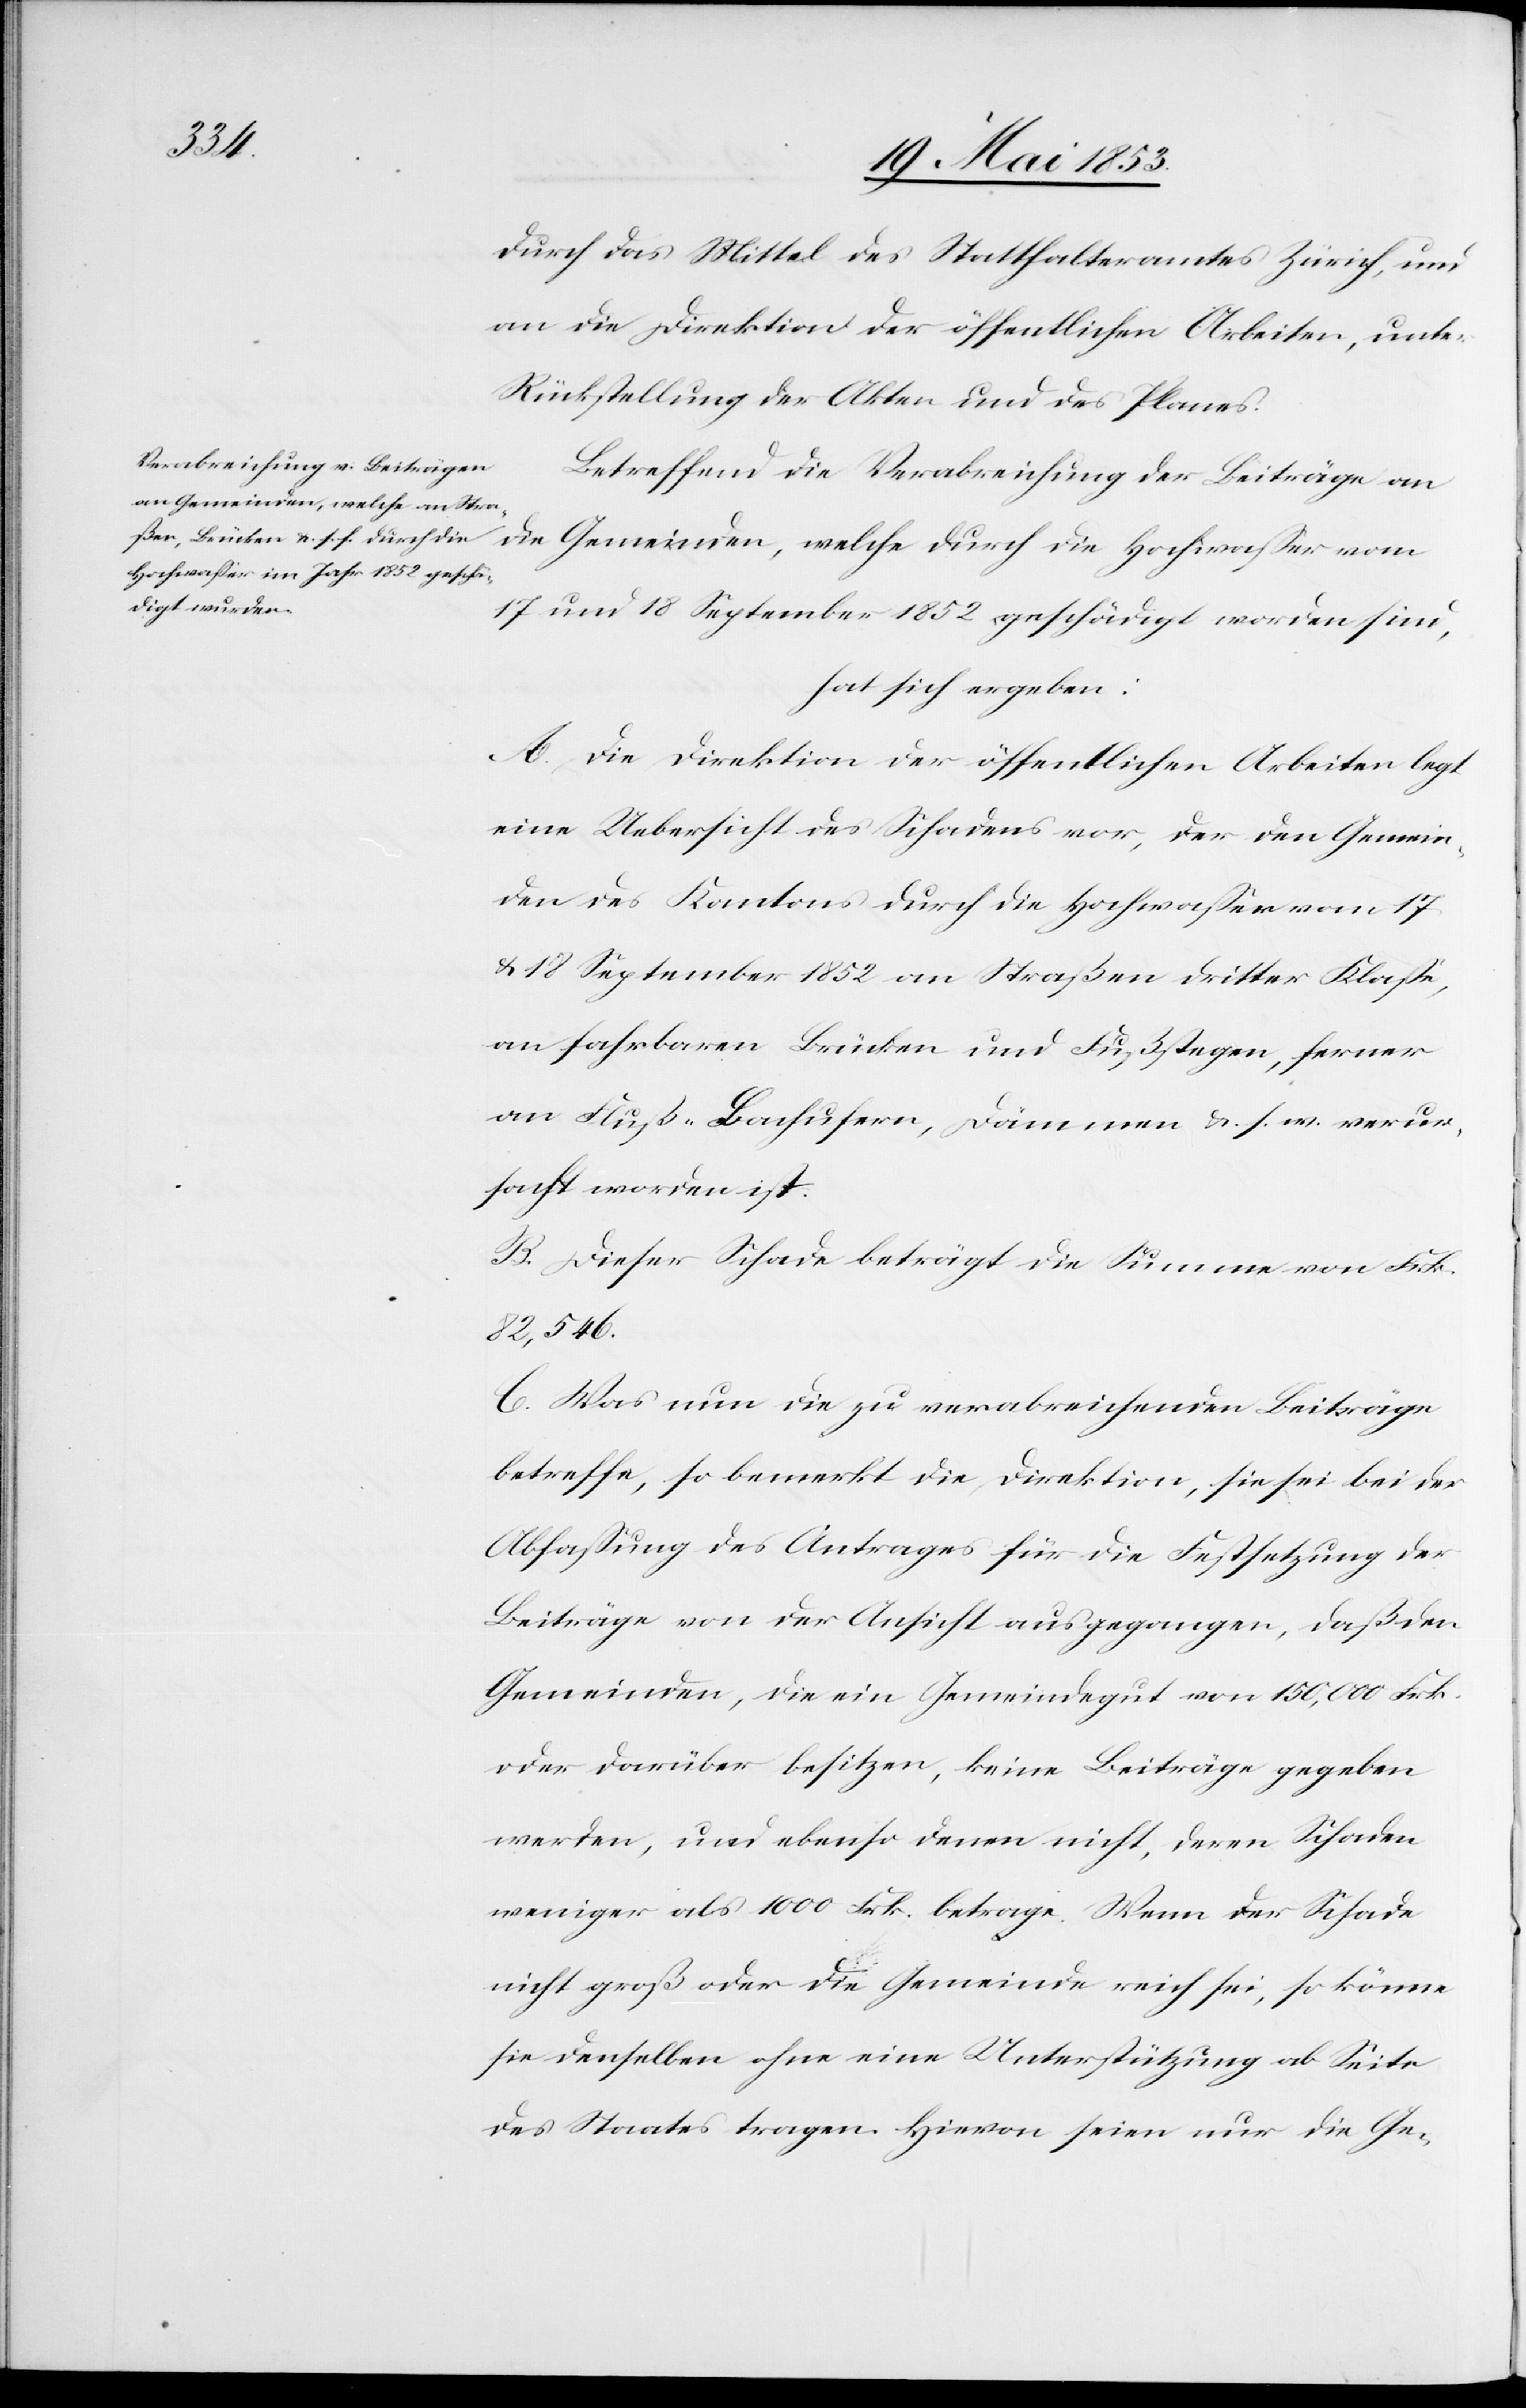
durch das Mittel des Statthalteramtes Zürich, und
an die Direktion der öffentlichen Arbeiten, unter
Rückstellung der Akten und des Planes.
Betreffend die Verabreichung der Beiträge an
die Gemeinden, welche durch die Hochwaßer vom
17 und 18 September 1852 geschädigt worden sind,
hat sich ergeben:
A. Die Direktion der öffentlichen Arbeiten legt
eine Uebersicht des Schadens vor, der den Gemein¬
den des Kantons durch die Hochwaßer vom 17
u. 18 September 1852 an Straßen dritter Klaße,
an fahrbaren Brücken und Fußstegen, ferner
an Fluß-Bachufern, Dämmen u. s. w. verur¬
sacht worden ist.
B. Dieser Schade beträgt die Summe von Frk.
82,546.
C. Was nun die zu verabreichenden Beiträge
betreffe, so bemerkt die Direktion, sie sei bei der
Abfaßung des Antrages für die Festsetzung der
Beiträge von der Ansicht ausgegangen, daß den
Gemeinden, die ein Gemeindgut von 150,000 Frk.
oder darüber besitzen, keine Beiträge gegeben
werden, und ebenso denen nicht, deren Schaden
weniger als 1000 Frk. betrage. Wenn der Schade
nicht groß oder die Gemeinde reich sei, so könne
sie denselben ohne eine Unterstützung ab Seite
des Staates tragen. Hievon seien nur die Ge-